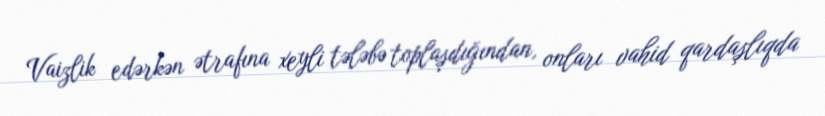
Vaizlik edərkən ətrafına xeyli tələbə toplaşdığından, onları vahid qardaşlıqda